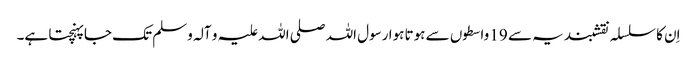
اِن کا سلسلہ نقشبندیہ سے 19 واسطوں سے ہوتا ہوا رسول اللہ صلی اللہ علیہ و آلہ وسلم تک جا پہنچتا ہے۔